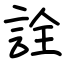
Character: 詮